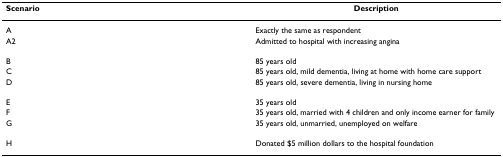
<table><thead><tr><td><b>Scenario</b></td><td><b>Description</b></td></tr></thead><tbody><tr><td>A</td><td>Exactly the same as respondent</td></tr><tr><td>A2</td><td>Admitted to hospital with increasing angina</td></tr><tr><td>B</td><td>85 years old</td></tr><tr><td>C</td><td>85 years old, mild dementia, living at home with home care support</td></tr><tr><td>D</td><td>85 years old, severe dementia, living in nursing home</td></tr><tr><td>E</td><td>35 years old</td></tr><tr><td>F</td><td>35 years old, married with 4 children and only income earner for family</td></tr><tr><td>G</td><td>35 years old, unmarried, unemployed on welfare</td></tr><tr><td>H</td><td>Donated $5 million dollars to the hospital foundation</td></tr></tbody></table>